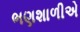
ભણશાળીએ